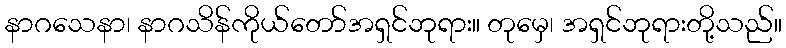
နာဂသေနာ၊ နာဂသိန်ကိုယ်တော်အရှင်ဘုရား။ တုမှေ၊ အရှင်ဘုရားတို့သည်။